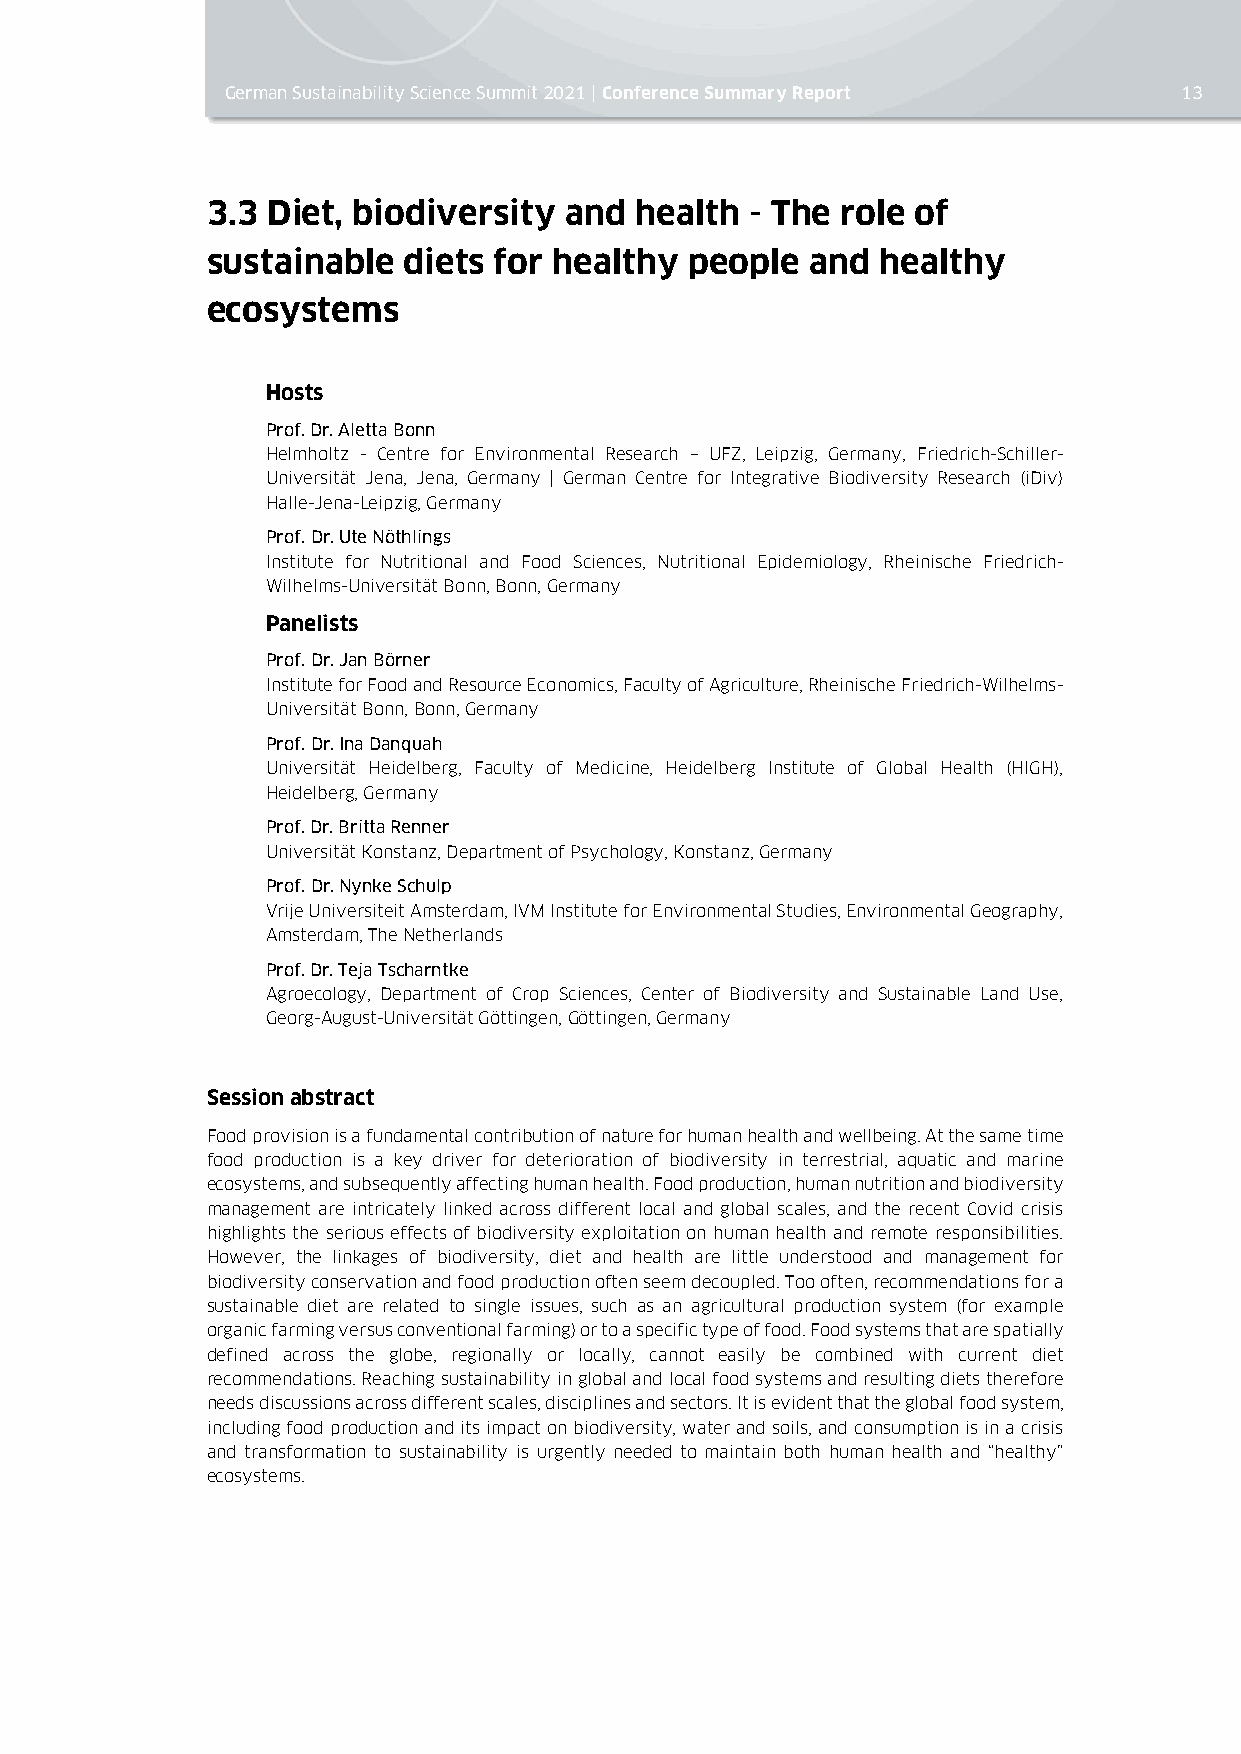
German Sustainability Science Summit 2021 | Conference Summary Report 13
 3.3 Diet, biodiversity and  health  - The role of
 sustainable  diets for healthy  people  and healthy
 ecosystems
 Hosts
 Prof. Dr. Aletta Bonn
 Helmholtz - Centre for Environmental Research – UFZ, Leipzig, Germany, Friedrich-Schiller-
 Universität Jena, Jena, Germany | German Centre for Integrative Biodiversity Research (iDiv)
 Halle-Jena-Leipzig, Germany
 Prof. Dr. Ute Nöthlings
 Institute for Nutritional and Food Sciences, Nutritional Epidemiology, Rheinische Friedrich-
 Wilhelms-Universität Bonn, Bonn, Germany
 Panelists
 Prof. Dr. Jan Börner
 Institute for Food and Resource Economics, Faculty of Agriculture, Rheinische Friedrich-Wilhelms-
 Universität Bonn, Bonn, Germany
 Prof. Dr. Ina Danquah
 Universität Heidelberg, Faculty of Medicine, Heidelberg Institute of Global Health (HIGH),
 Heidelberg, Germany
 Prof. Dr. Britta Renner
 Universität Konstanz, Department of Psychology, Konstanz, Germany
 Prof. Dr. Nynke Schulp
 Vrije Universiteit Amsterdam, IVM Institute for Environmental Studies, Environmental Geography,
 Amsterdam, The Netherlands
 Prof. Dr. Teja Tscharntke
 Agroecology, Department of Crop Sciences, Center of Biodiversity and Sustainable Land Use,
 Georg-August-Universität Göttingen, Göttingen, Germany
 Session abstract
 Food provision is a fundamental contribution of nature for human health and wellbeing. At the same time
 food production is a key driver for deterioration of biodiversity in terrestrial, aquatic and marine
 ecosystems, and subsequently affecting human health. Food production, human nutrition and biodiversity
 management are intricately linked across different local and global scales, and the recent Covid crisis
 highlights the serious effects of biodiversity exploitation on human health and remote responsibilities.
 However, the linkages of biodiversity, diet and health are little understood and management for
 biodiversity conservation and food production often seem decoupled. Too often, recommendations for a
 sustainable diet are related to single issues, such as an agricultural production system (for example
 organic farming versus conventional farming) or to a specific type of food. Food systems that are spatially
 defined across the globe, regionally or locally, cannot easily be combined with current diet
 recommendations. Reaching sustainability in global and local food systems and resulting diets therefore
 needs discussions across different scales, disciplines and sectors. It is evident that the global food system,
 including food production and its impact on biodiversity, water and soils, and consumption is in a crisis
 and transformation to sustainability is urgently needed to maintain both human health and “healthy”
 ecosystems.